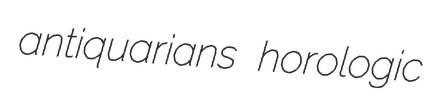
antiquarians horologic